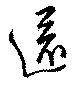
還